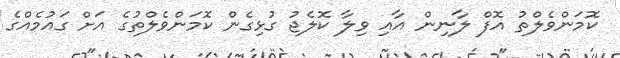
ކޮމަންވެލްތު އޮފް ލާނިން އާއި ވިލާ ކޮލެޖު ގުޅިގެން ކޮމަންވެލްތުގެ އަށް ގައުމެއްގެ